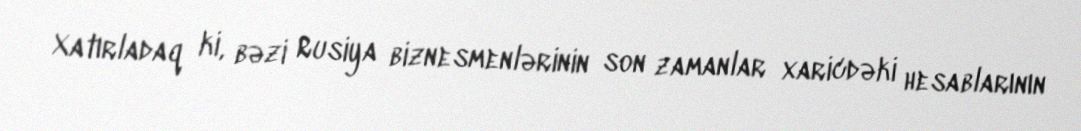
Xatırladaq ki, bəzi Rusiya biznesmenlərinin son zamanlar xaricdəki hesablarının